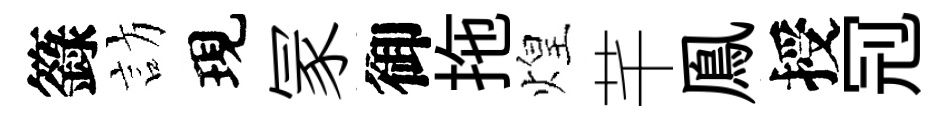
籙訪現冡御拖煌芊鳯授𠜍